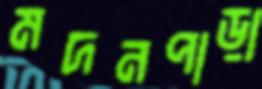
মদনপাড়া